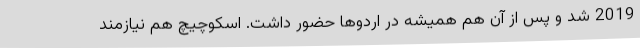
2019 شد و پس از آن هم همیشه در اردوها حضور داشت. اسکوچیچ هم نیازمند